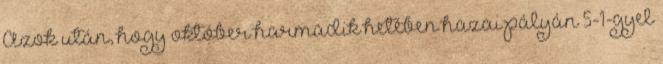
Azok után, hogy október harmadik hetében hazai pályán 5-1-gyel